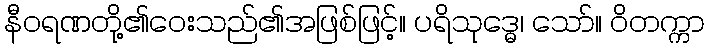
နီဝရဏတို့၏ဝေးသည်၏အဖြစ်ဖြင့်။ ပရိသုဒ္ဓေ၊ သော်။ ဝိတက္ကာ